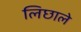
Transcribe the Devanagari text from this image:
लिछाले